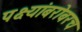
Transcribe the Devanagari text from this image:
पक्ष्यांबरोबरच